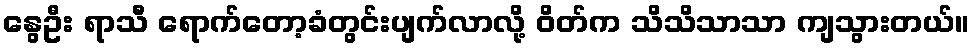
နွေဦး ရာသီ ရောက်တော့ခံတွင်းပျက်လာလို့ ဝိတ်က သိသိသာသာ ကျသွားတယ်။